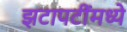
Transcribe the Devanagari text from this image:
झटापटींमध्ये